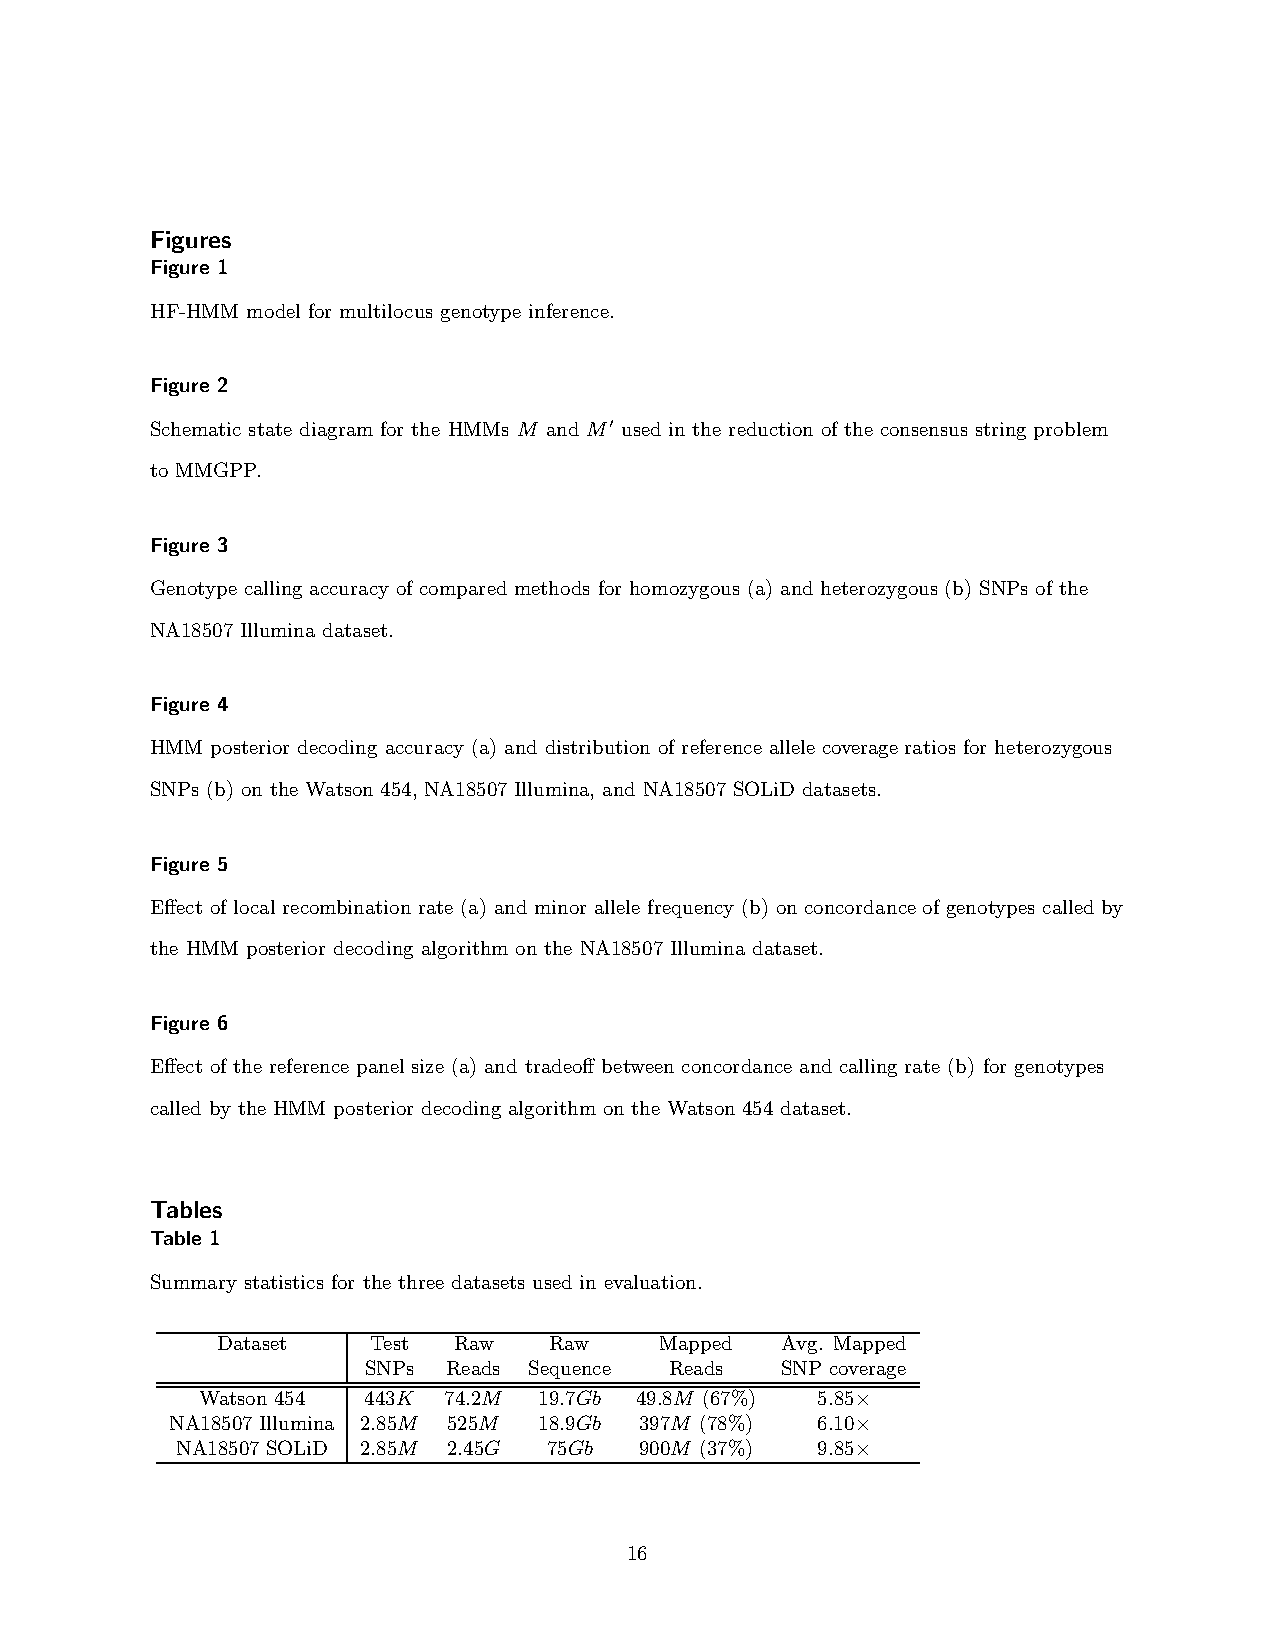
Figures
 Figure 1
 HF-HMM model for multilocus genotype inference.
 Figure 2
 Schematic state diagram for the HMMs M and M′ used in the reduction of the consensus string problem
 to MMGPP.
 Figure 3
 Genotype calling accuracy of compared methods for homozygous (a) and heterozygous (b) SNPs of the
 NA18507 Illumina dataset.
 Figure 4
 HMM posterior decoding accuracy (a) and distribution of reference allele coverageratios for heterozygous
 SNPs (b) on the Watson 454, NA18507 Illumina, and NA18507 SOLiD datasets.
 Figure 5
 Effect of local recombination rate (a) and minor allele frequency (b) on concordance of genotypes called by
 the HMM posterior decoding algorithm on the NA18507 Illumina dataset.
 Figure 6
 Effect of the reference panel size (a) and tradeoff between concordance and calling rate (b) for genotypes
 called by the HMM posterior decoding algorithm on the Watson 454 dataset.
 Tables
 Table 1
 Summary statistics for the three datasets used in evaluation.
 Dataset   Test  Raw   Raw     Mapped  Avg. Mapped
 SNPs  Reads Sequence Reads  SNP coverage
 Watson 454 443K 74.2M  19.7Gb 49.8M (67%) 5.85×
 NA18507 Illumina 2.85M 525M 18.9Gb 397M (78%) 6.10×
 NA18507 SOLiD 2.85M 2.45G 75Gb 900M (37%) 9.85×
 16